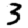
Digit: 3